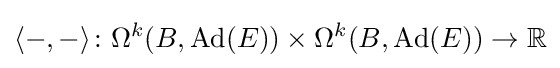
\langle -,-\rangle \colon \Omega ^{k}(B,\operatorname {Ad} (E))\times \Omega ^{k}(B,\operatorname {Ad} (E))\rightarrow \mathbb {R}